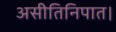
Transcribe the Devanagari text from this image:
असीतिनिपात।